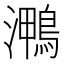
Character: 𭳠